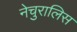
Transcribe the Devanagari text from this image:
नेचुरालिस